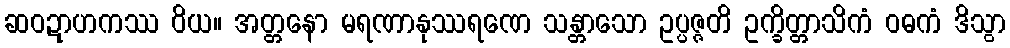
ဆဝဍာဟကဿ ဝိယ။ အတ္တနော မရဏာနုဿရဏေ သန္တာသော ဥပ္ပဇ္ဇတိ ဥက္ခိတ္တာသိကံ ဝဓကံ ဒိသွာ